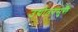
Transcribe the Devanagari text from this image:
उद्योतनसुरी